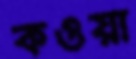
কওয়া